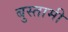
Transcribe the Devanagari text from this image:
बुस्तामी